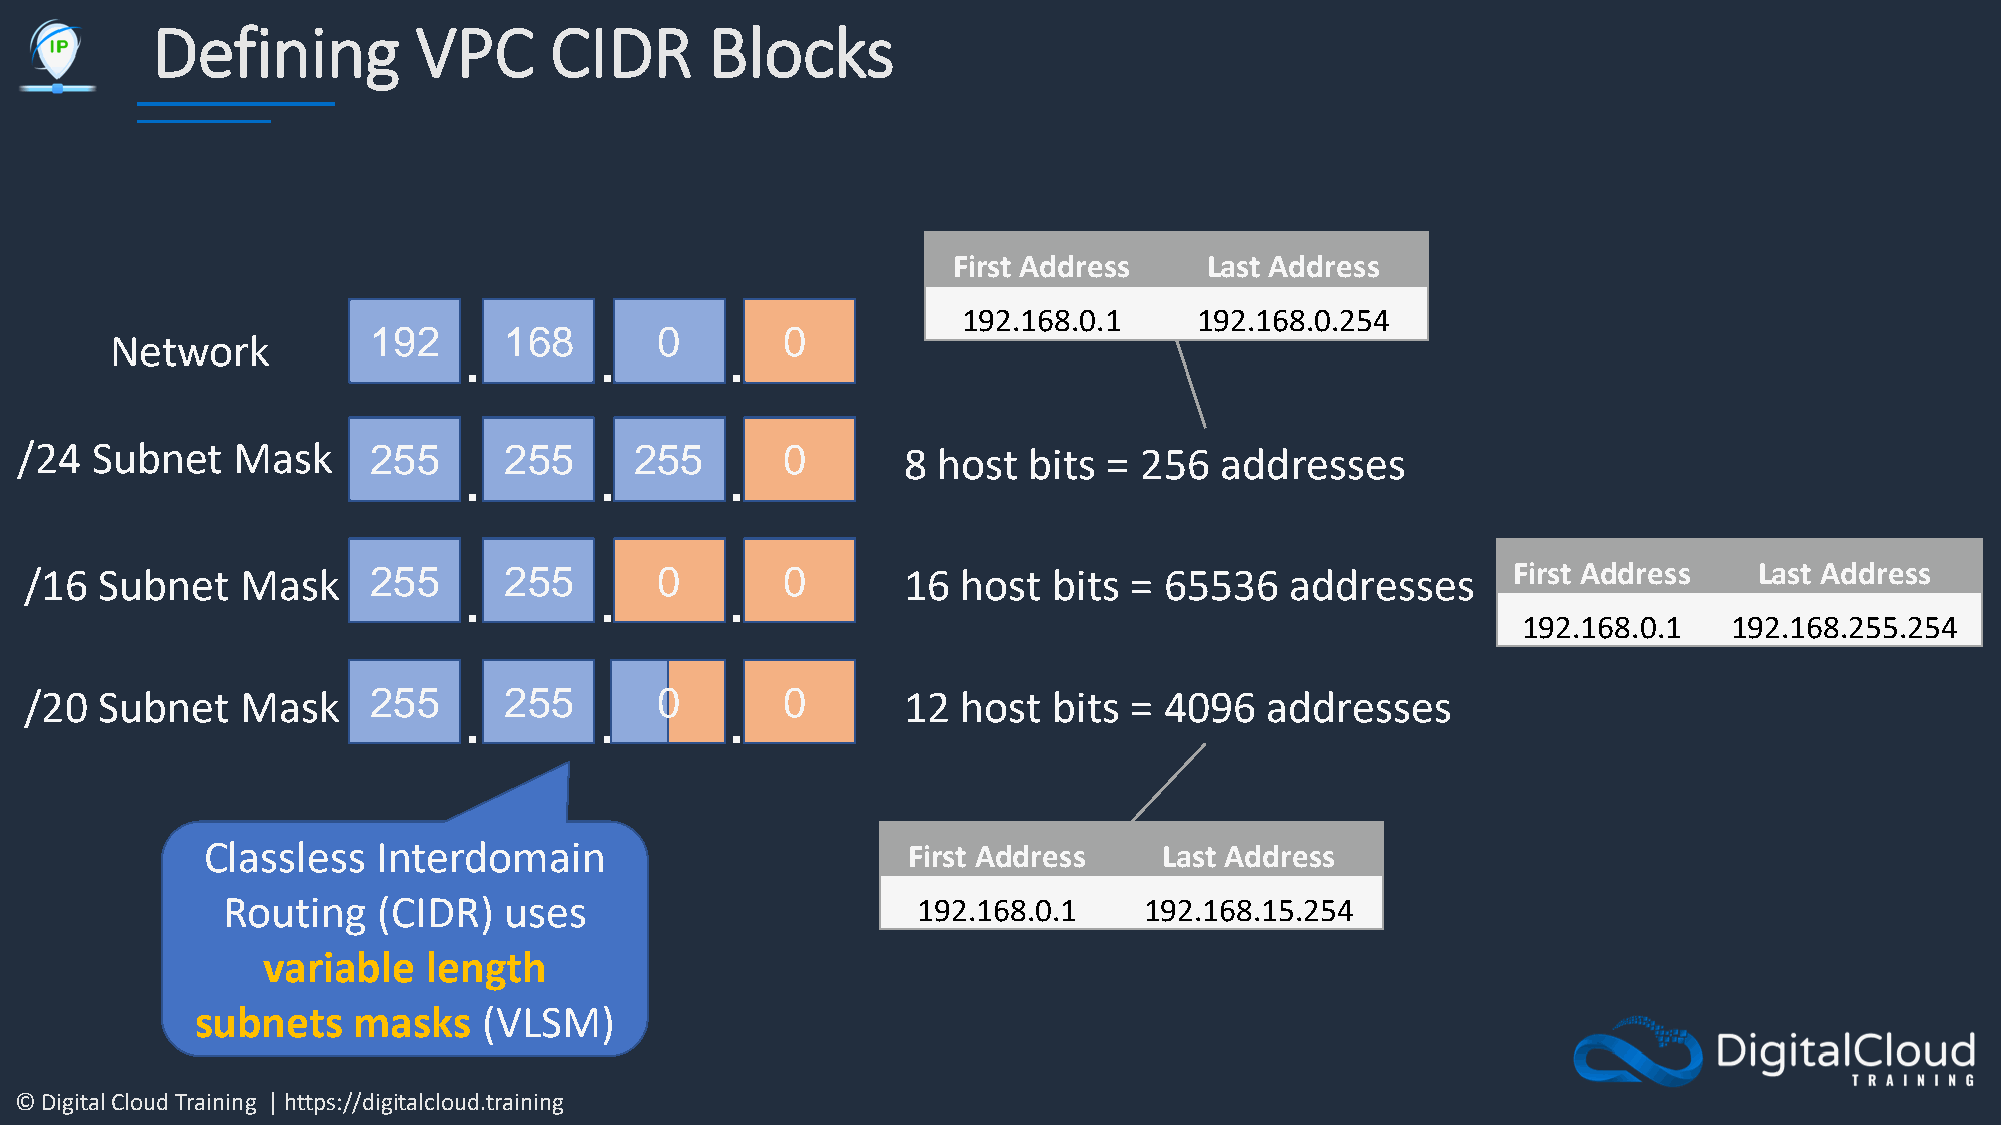
Defining         VPC      CIDR       Blocks
 First Address    Last Address
 192.168.0.1    192.168.0.254
 192      168       0        0
 Network                 .        .       .
 /24  Subnet   Mask     255      255      255       0       8 host  bits = 256   addresses
 .        .       .
 /16  Subnet   Mask    255      255       0        0       16  host  bits = 65536   addresses      First Address   Last Address
 .        .       .
 192.168.0.1   192.168.255.254
 /20  Subnet   Mask    255      255       0        0       12  host  bits = 4096   addresses
 .        .       .
 Classless   Interdomain                        First Address    Last Address
 Routing   (CIDR)  uses                        192.168.0.1    192.168.15.254
 variable   length
 subnets   masks    (VLSM)
 © Digital Cloud Training | https://digitalcloud.training